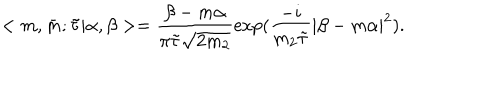
LaTeX: < m , \bar { m } ; \tilde { \tau } | \alpha , \beta > = \frac { \beta - m \alpha } { \pi \tilde { \tau } \sqrt { 2 m _ { 2 } } } \exp ( \frac { - i } { m _ { 2 } \tilde { \tau } } | \beta - m \alpha | ^ { 2 } ) .